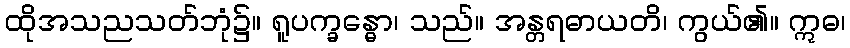
ထိုအသညသတ်ဘုံ၌။ ရူပက္ခန္ဓော၊ သည်။ အန္တရဓာယတိ၊ ကွယ်၏။ ဣဓ၊